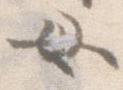
母